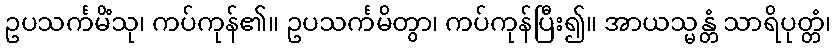
ဥပသင်္ကမိံသု၊ ကပ်ကုန်၏။ ဥပသင်္ကမိတွာ၊ ကပ်ကုန်ပြီး၍။ အာယသ္မန္တံ သာရိပုတ္တံ၊